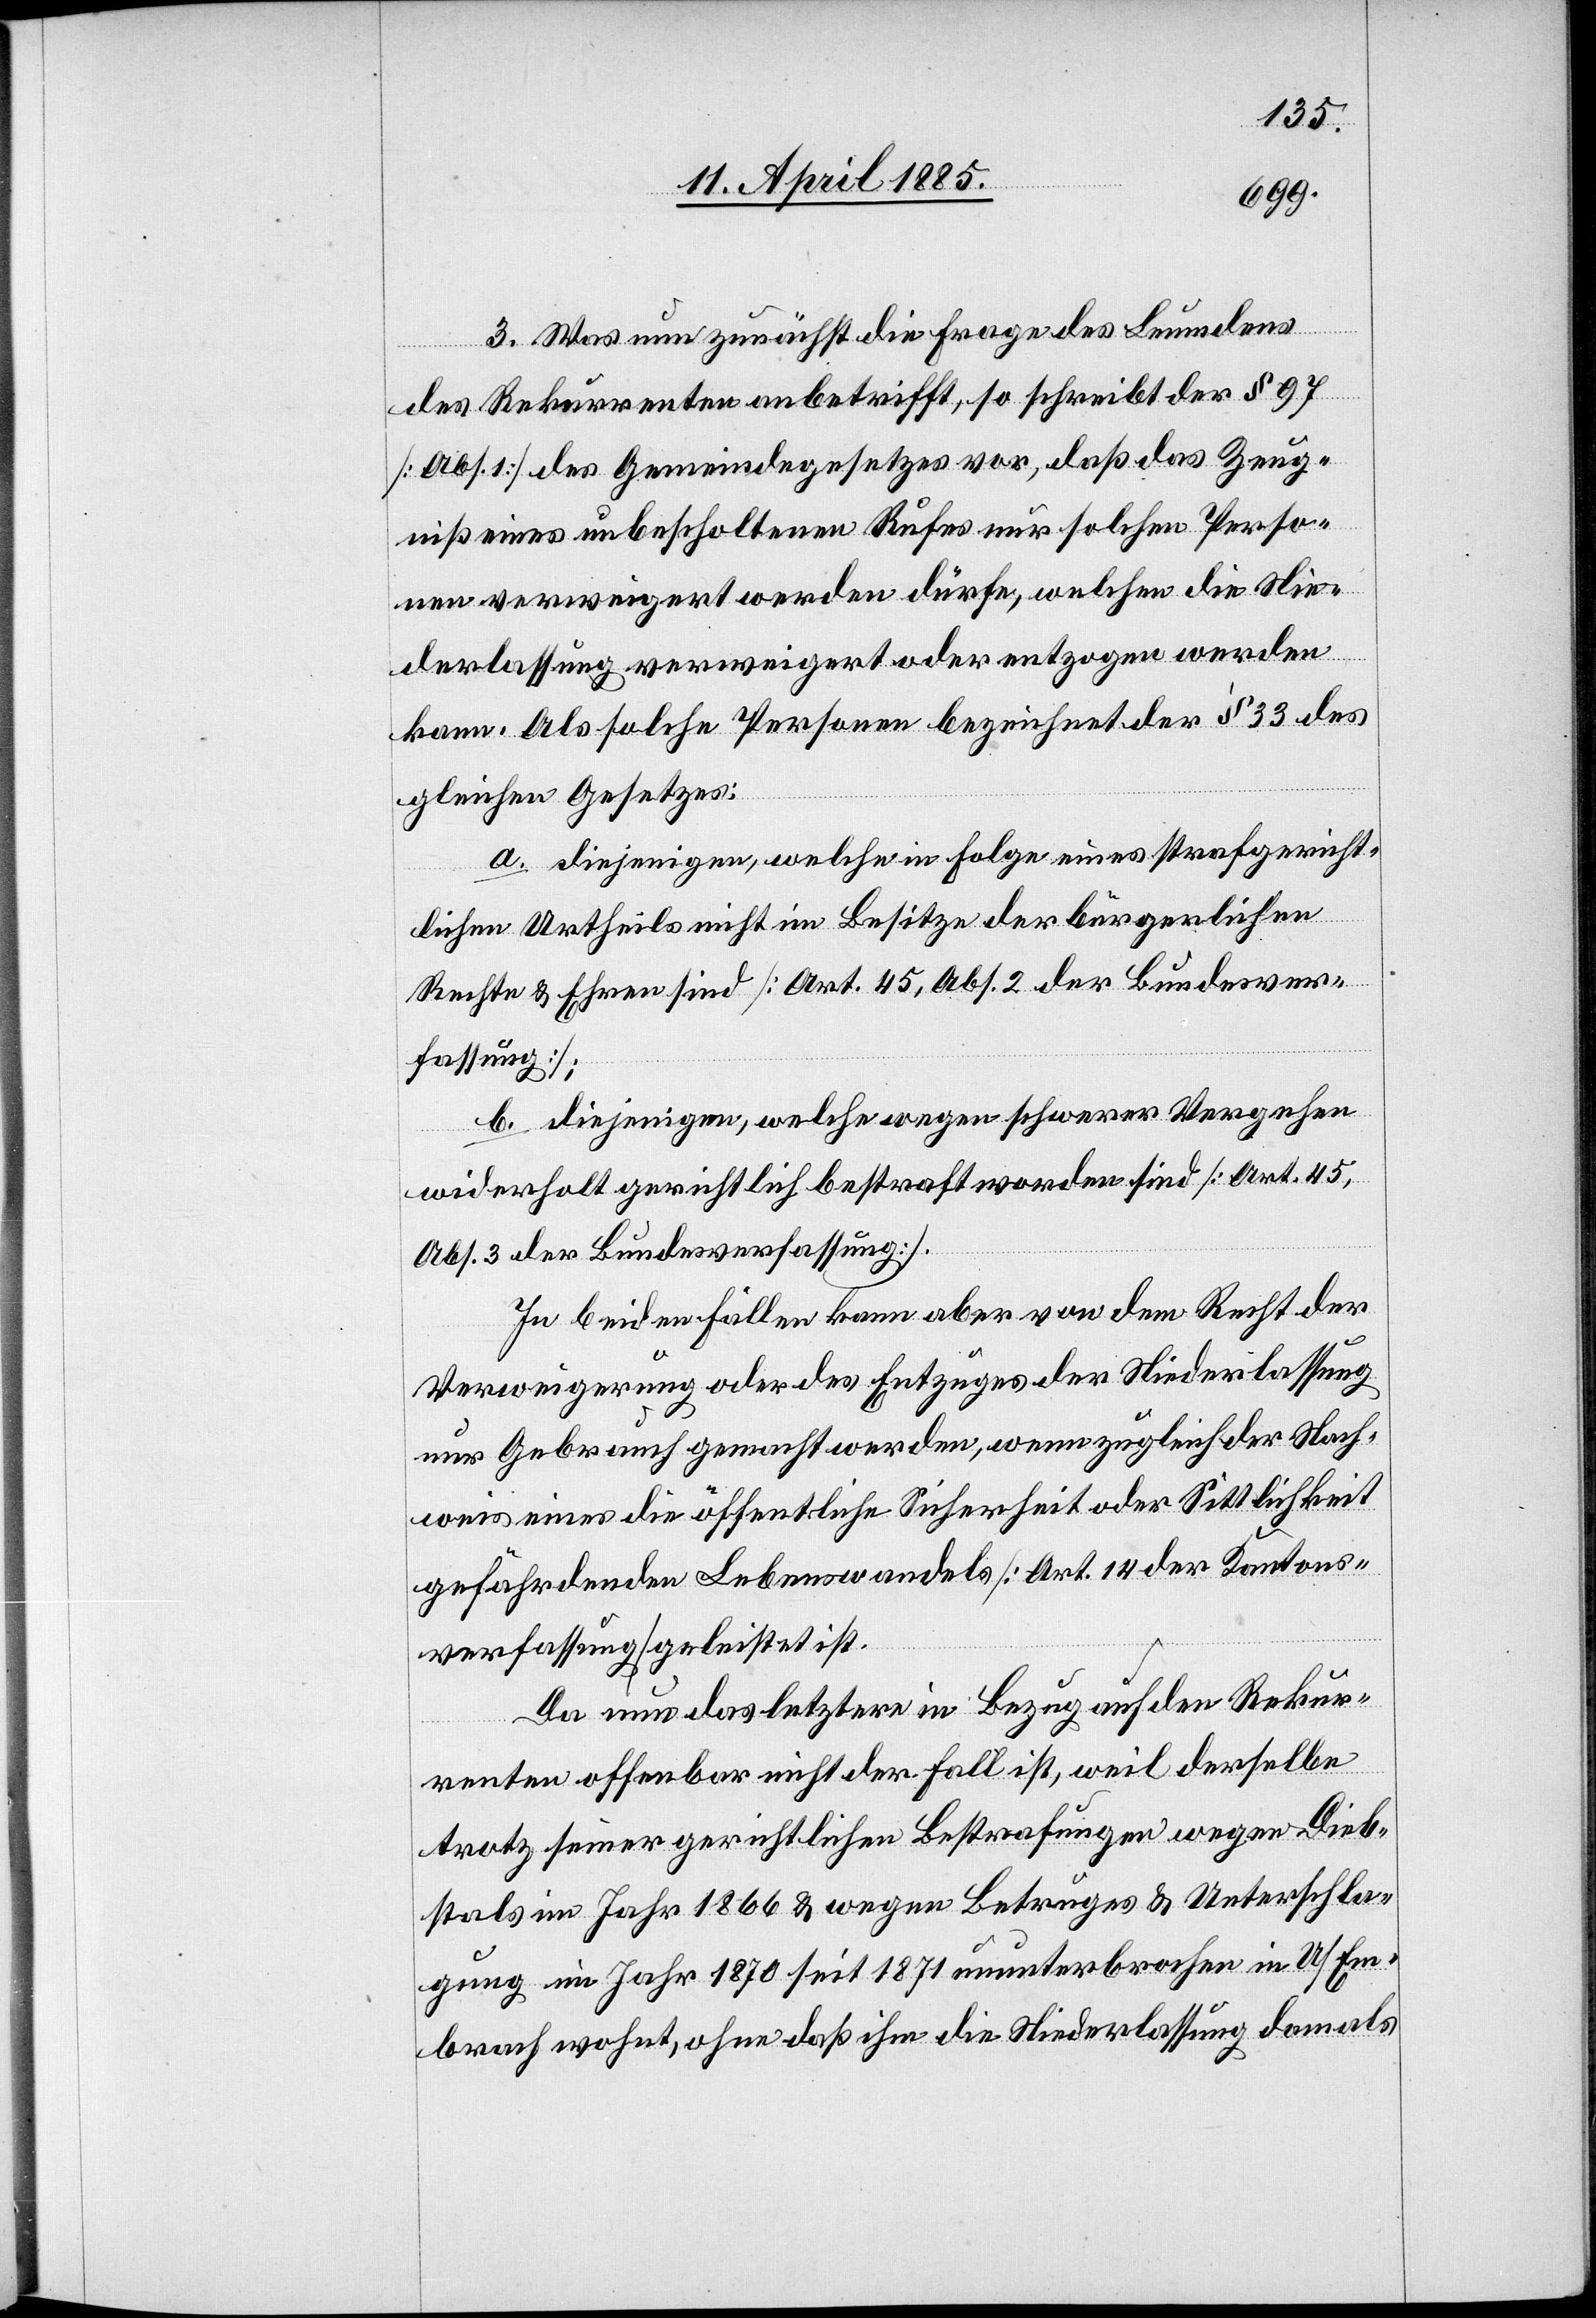
Was nun zunächst die Frage des Leumundes
des Rekurrenten anbetrifft, so schreibt der § 97
[Abs. 1] des Gemeindegesetzes vor, daß das Zeug¬
niß eines unbescholtenen Rufes nur solchen Perso¬
nen verweigert werden dürfe, welchen die Nie¬
derlassung verweigert oder entzogen werden
kann. Als solche Personen bezeichnet der § 33 des
gleichen Gesetzes:
a. diejenigen, welche in Folge eines strafgericht¬
lichen Urtheils nicht im Besitze der bürgerlichen
Rechte & Ehren sind [Art. 45, Abs. 2 der Bundesver¬
fassung];
b. diejenigen, welche wegen schwerer Vergehen
widerholt gerichtlich bestraft worden sind [Art. 45,
Abs. 3 der Bundesverfassung].
In beiden Fällen kann aber von dem Recht der
Verweigerung oder des Entzuges der Niederlassung
nur Gebrauch gemacht werden, wenn zugleich der Nach¬
weis eines die öffentliche Sicherheit oder Sittlichkeit
gefährdenden Lebenswandels [Art. 14 der Kantons¬
verfassung] geleistet ist.
Da nun das letztere in Bezug auf den Rekur¬
renten offenbar nicht der Fall ist, weil derselbe
trotz seiner gerichtlichen Bestrafungen wegen Dieb¬
stals im Jahr 1866 & wegen Betruges & Unterschla¬
gung im Jahr 1870 seit 1871 ununterbrochen in U/Em¬
brach wohnt, ohne daß ihm die Niederlassung damals